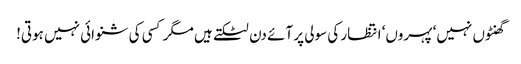
گھنٹوں نہیں‘ پہروں‘ انتظار کی سولی پر آئے دن لٹکتے ہیں مگر کسی کی شنوائی نہیں ہوتی!